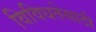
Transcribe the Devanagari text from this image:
विविधतेसाठी